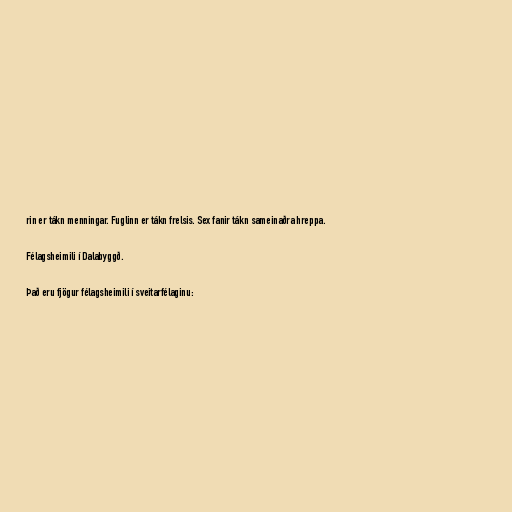
rin er tákn menningar. Fuglinn er tákn frelsis. Sex fanir tákn sameinaðra hreppa.

Félagsheimili í Dalabyggð.

Það eru fjögur félagsheimili í sveitarfélaginu: